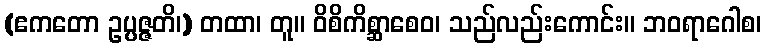
(ဧကတော ဥပ္ပဇ္ဇတိ၊) တထာ၊ တူ။ ဝိစိကိစ္ဆာစေဝ၊ သည်လည်းကောင်း။ ဘဝရာဂေါစ၊